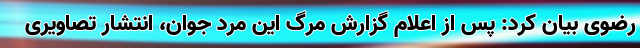
رضوی بیان کرد: پس از اعلام گزارش مرگ این مرد جوان، انتشار تصاویری